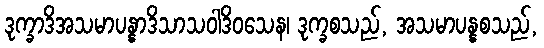
ဒုက္ခာဒိအသမာပန္နာဒိသာသဝါဒိဝသေန၊ ဒုက္ခစသည်, အသမာပန္နစသည်,